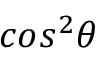
c o s ^ { 2 } \theta